Annual report of the Punjab Veterinary College and of the Civil Veterinary Department, Punjab - 1920-1925
Year: 1920
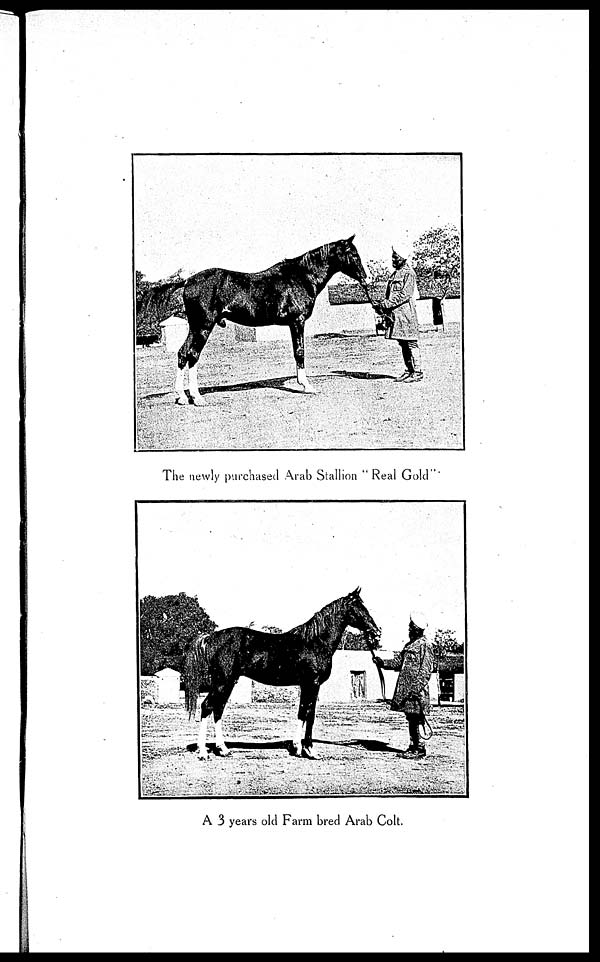
The newly purchased Arab Stallion "Real Gold
A 3 years old Farm bred Arab Colt.